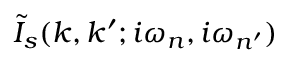
\tilde { I } _ { s } ( k , k ^ { \prime } ; i \omega _ { n } , i \omega _ { n ^ { \prime } } )